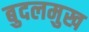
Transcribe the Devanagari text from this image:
बुदलमुख